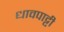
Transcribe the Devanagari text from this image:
धावपाट्टी